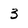
Character: 3